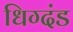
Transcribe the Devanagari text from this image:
धिग्दंड